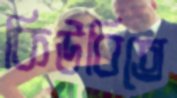
কিউবিতে